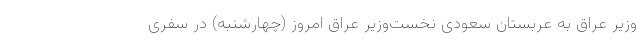
وزیر عراق به عربستان سعودی نخست‌وزیر عراق امروز (چهارشنبه) در سفری